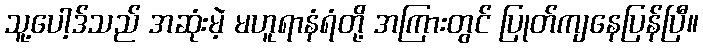
သူ့ပေါ့ဒ်သည် အဆုံးမဲ့ မဟူရာနံရံတို့ အကြားတွင် ပြုတ်ကျနေပြန်ပြီ။